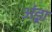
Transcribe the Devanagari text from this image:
अंड्रा